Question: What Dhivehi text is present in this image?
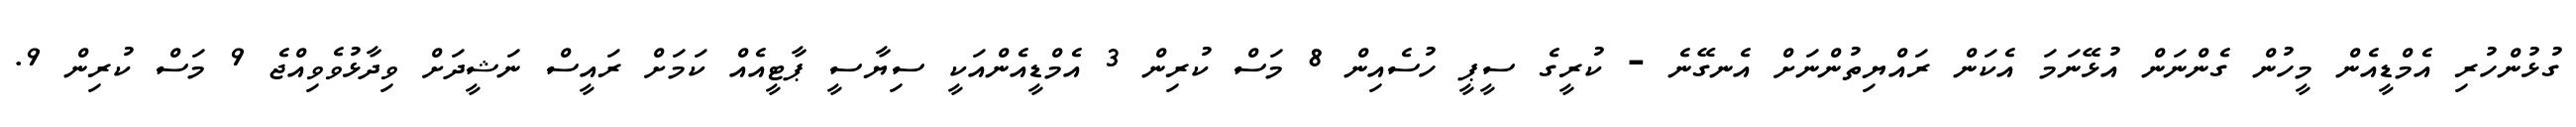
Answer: ގުޅުންހުރި އެމްޑީއެން މީހުން ގެންނަން އުޅޭނަމަ އެކަން ރައްޔިތުންނަށް އެނގޭނެ - ކުރީގެ ސީޕީ ހުސެއިން 8 މަސް ކުރިން 3 އެމްޑީއެންއަކީ ސިޔާސީ ޕާޓީއެއް ކަމަށް ރައީސް ނަޝީދަށް ވިދާޅުވެވިއްޖެ 9 މަސް ކުރިން 9.